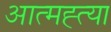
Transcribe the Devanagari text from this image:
आत्‍मह्त्‍या